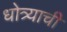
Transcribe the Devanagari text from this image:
धोत्र्याची